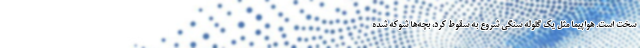
سخت است. هواپیما مثل یک گلوله سنگی شروع به سقوط کرد، بچه‌ها شوکه شده